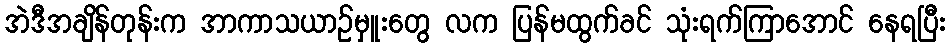
အဲဒီအချိန်တုန်းက အာကာသယာဉ်မှူးတွေ လက ပြန်မထွက်ခင် သုံးရက်ကြာအောင် နေရပြီး